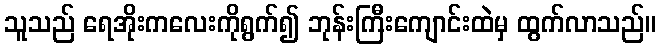
သူသည် ရေအိုးကလေးကိုရွက်၍ ဘုန်းကြီးကျောင်းထဲမှ ထွက်လာသည်။